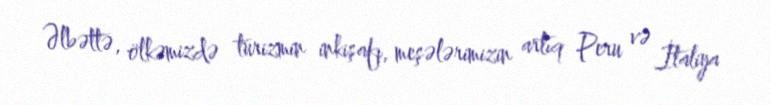
Əlbəttə, ölkəmizdə turizmin inkişafı, meşələrimizin artıq Peru və İtaliya